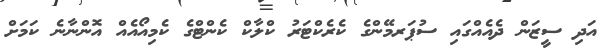
އަދި ސީޒަން ދެއެއްގައި ސުޕަރމޭންގެ ކެރެކްޓަރު ކްލާކް ކެންޓްގެ ކެމިއޯއެއް އޮންނާނެ ކަމަށް